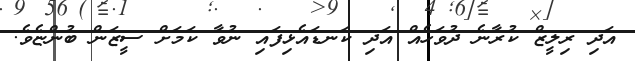
އަދި ރިލީޒް ކުރާނެ ދުވަހެއް އަދި ކަނޑައެޅިފައި ނުވާ ކަމަށް ސީޒަން ބުންޏެވެ.